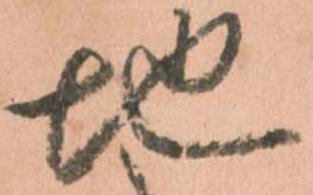
地